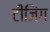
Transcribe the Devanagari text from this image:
टीजिंग